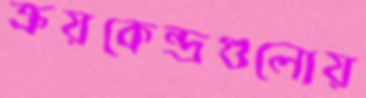
ক্রয়কেন্দ্রগুলোয়